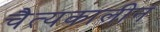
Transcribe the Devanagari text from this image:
चैत्यकालीन